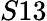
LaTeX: S13